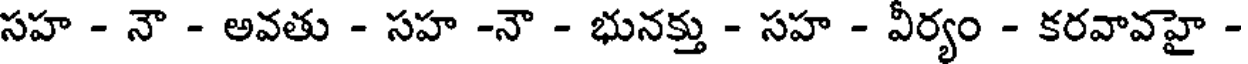
సహ - నౌ - అవతు - సహ -నౌ - భునక్తు - సహ - వీర్యం - కరవావహై -